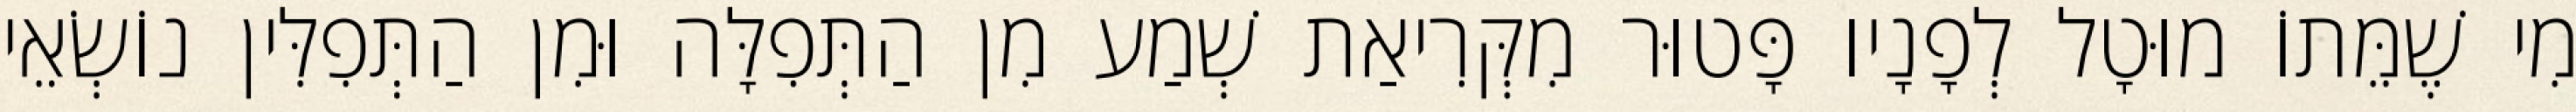
מִי שֶׁמֵּתוֹ מוּטָל לְפָנָיו פָּטוּר מִקְּרִיאַת שְׁמַע מִן הַתְּפִלָּה וּמִן הַתְּפִלִּין נוֹשְׂאֵי